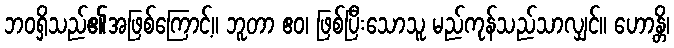
ဘဝရှိသည်၏အဖြစ်ကြောင့်။ ဘူတာ ဧဝ၊ ဖြစ်ပြီးသောသူ မည်ကုန်သည်သာလျှင်။ ဟောန္တိ၊